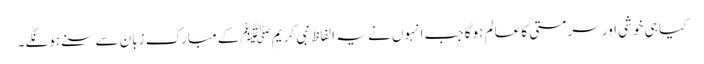
کیا ہی خوشی اور سرمستی کا عالم ہوگا جب انہوں نے یہ الفاظ نبی کریم ﷺ کے مبارک زبان سے سنے ہونگے۔